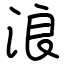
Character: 浪